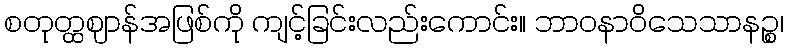
စတုတ္ထဈာန်အဖြစ်ကို ကျင့်ခြင်းလည်းကောင်း။ ဘာဝနာဝိသေသာနဉ္စ၊